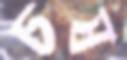
চষ